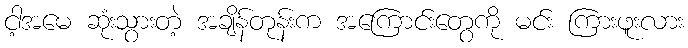
ငါ့အမေ ဆုံးသွားတဲ့ အချိန်တုန်းက အကြောင်းတွေကို မင်း ကြားဖူးလား